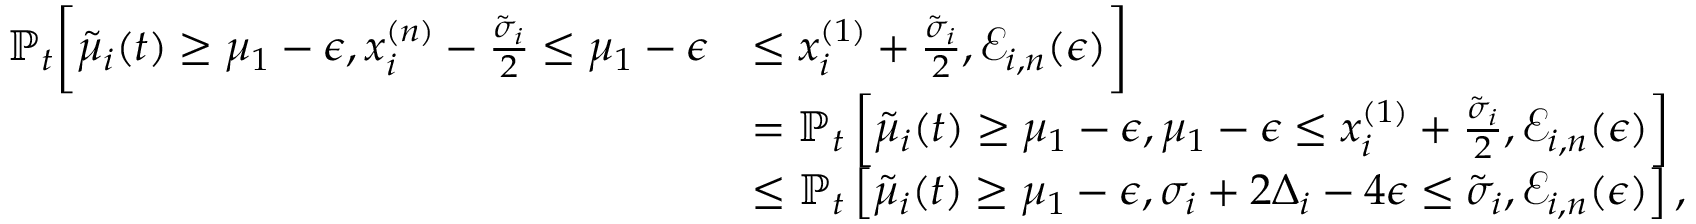
\begin{array} { r l } { \mathbb { P } _ { t } \bigg [ \tilde { \mu } _ { i } ( t ) \geq \mu _ { 1 } - \epsilon , x _ { i } ^ { ( n ) } - \frac { \tilde { \sigma } _ { i } } { 2 } \leq \mu _ { 1 } - \epsilon } & { \leq x _ { i } ^ { ( 1 ) } + \frac { \tilde { \sigma } _ { i } } { 2 } , \mathcal { E } _ { i , n } ( \epsilon ) \bigg ] } \\ & { = \mathbb { P } _ { t } \left[ \tilde { \mu } _ { i } ( t ) \geq \mu _ { 1 } - \epsilon , \mu _ { 1 } - \epsilon \leq x _ { i } ^ { ( 1 ) } + \frac { \tilde { \sigma } _ { i } } { 2 } , \mathcal { E } _ { i , n } ( \epsilon ) \right] } \\ & { \leq \mathbb { P } _ { t } \left[ \tilde { \mu } _ { i } ( t ) \geq \mu _ { 1 } - \epsilon , \sigma _ { i } + 2 \Delta _ { i } - 4 \epsilon \leq \tilde { \sigma } _ { i } , \mathcal { E } _ { i , n } ( \epsilon ) \right] , } \end{array}